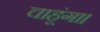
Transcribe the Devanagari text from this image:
चाहूंगा।